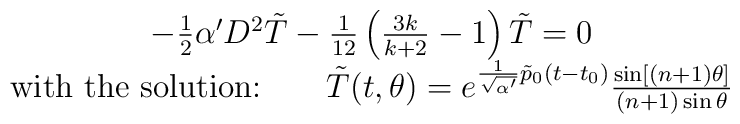
\begin{array}{c}-\frac{1}{2} \alpha' D^2 \tilde{T} - \frac{1}{12}\left(\frac{3k}{k+2}-1\right) \tilde{T} = 0\\\mbox{with the solution:}\qquad \tilde{T}(t,\theta) =e^{\frac{1}{\sqrt{\alpha'}}\tilde{p}_0 (t-t_0)} \frac{\sin[(n+1)\theta]} {(n+1)\sin \theta}\end{array}